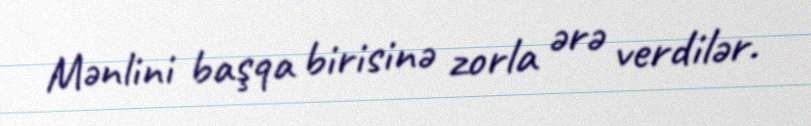
Mənlini başqa birisinə zorla ərə verdilər.